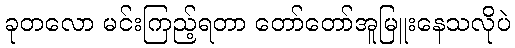
ခုတလော မင်းကြည့်ရတာ တော်တော်အူမြူးနေသလိုပဲ